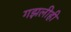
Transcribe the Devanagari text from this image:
गझलीही